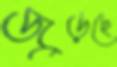
জুড়ছে